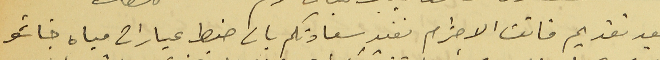
بعد تقديم فائق الاحترام نفيد سعادتكم بان ضبط عيارات مياه خاشو